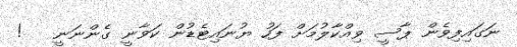
ނަގައިފިވެން ޕާސީ ވިއްކާލުމަަށް ފަހު ޔުނައިޓެޑުން ކަވާނީ ގެންނަނީ   !